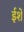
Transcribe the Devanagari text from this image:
ईशें